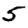
Digit: 5